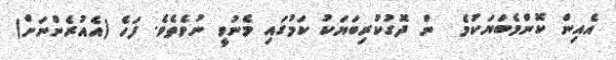
އެއިން ކޮންމެބަޔަކުމެ  ން ދޮގުކުރިބަޔަކު ކަމުގައި މެނުވީ ނުވެތެވެ. ފަހެ (އެއުރެންނަށް)